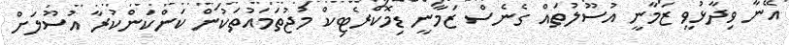
އޭނާ ވިދާޅުވީ ޒަމާނީ އުސޫލުތައް ގެނެސް ޒަމާނީ ޑިމޮކްރެޓިކް މުޖުތަމައުތަކުން ކަންކަންކުރާ އުސޫލަށް